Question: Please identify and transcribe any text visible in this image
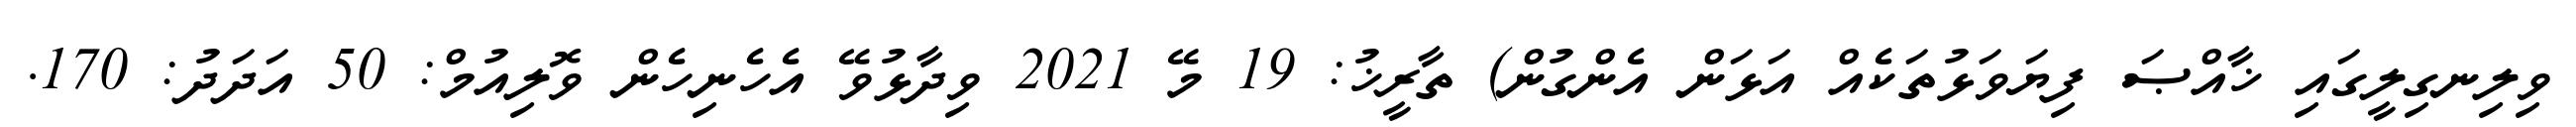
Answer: ވިލިނގިލީގައި ޚާއްޞަ ފިޔަވަޅުތަކެއް އަޅަން އެންގުން) ތާރީޚު: 19 މޭ 2021 ވިދާޅުވޭ އެހެނިހެން ވޮލިއުމް: 50 އަދަދު: 170.